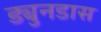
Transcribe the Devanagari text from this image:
ड्युनडास